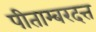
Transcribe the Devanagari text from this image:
पीताम्बरदत्त